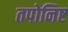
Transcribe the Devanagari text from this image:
तपोनिष्ट